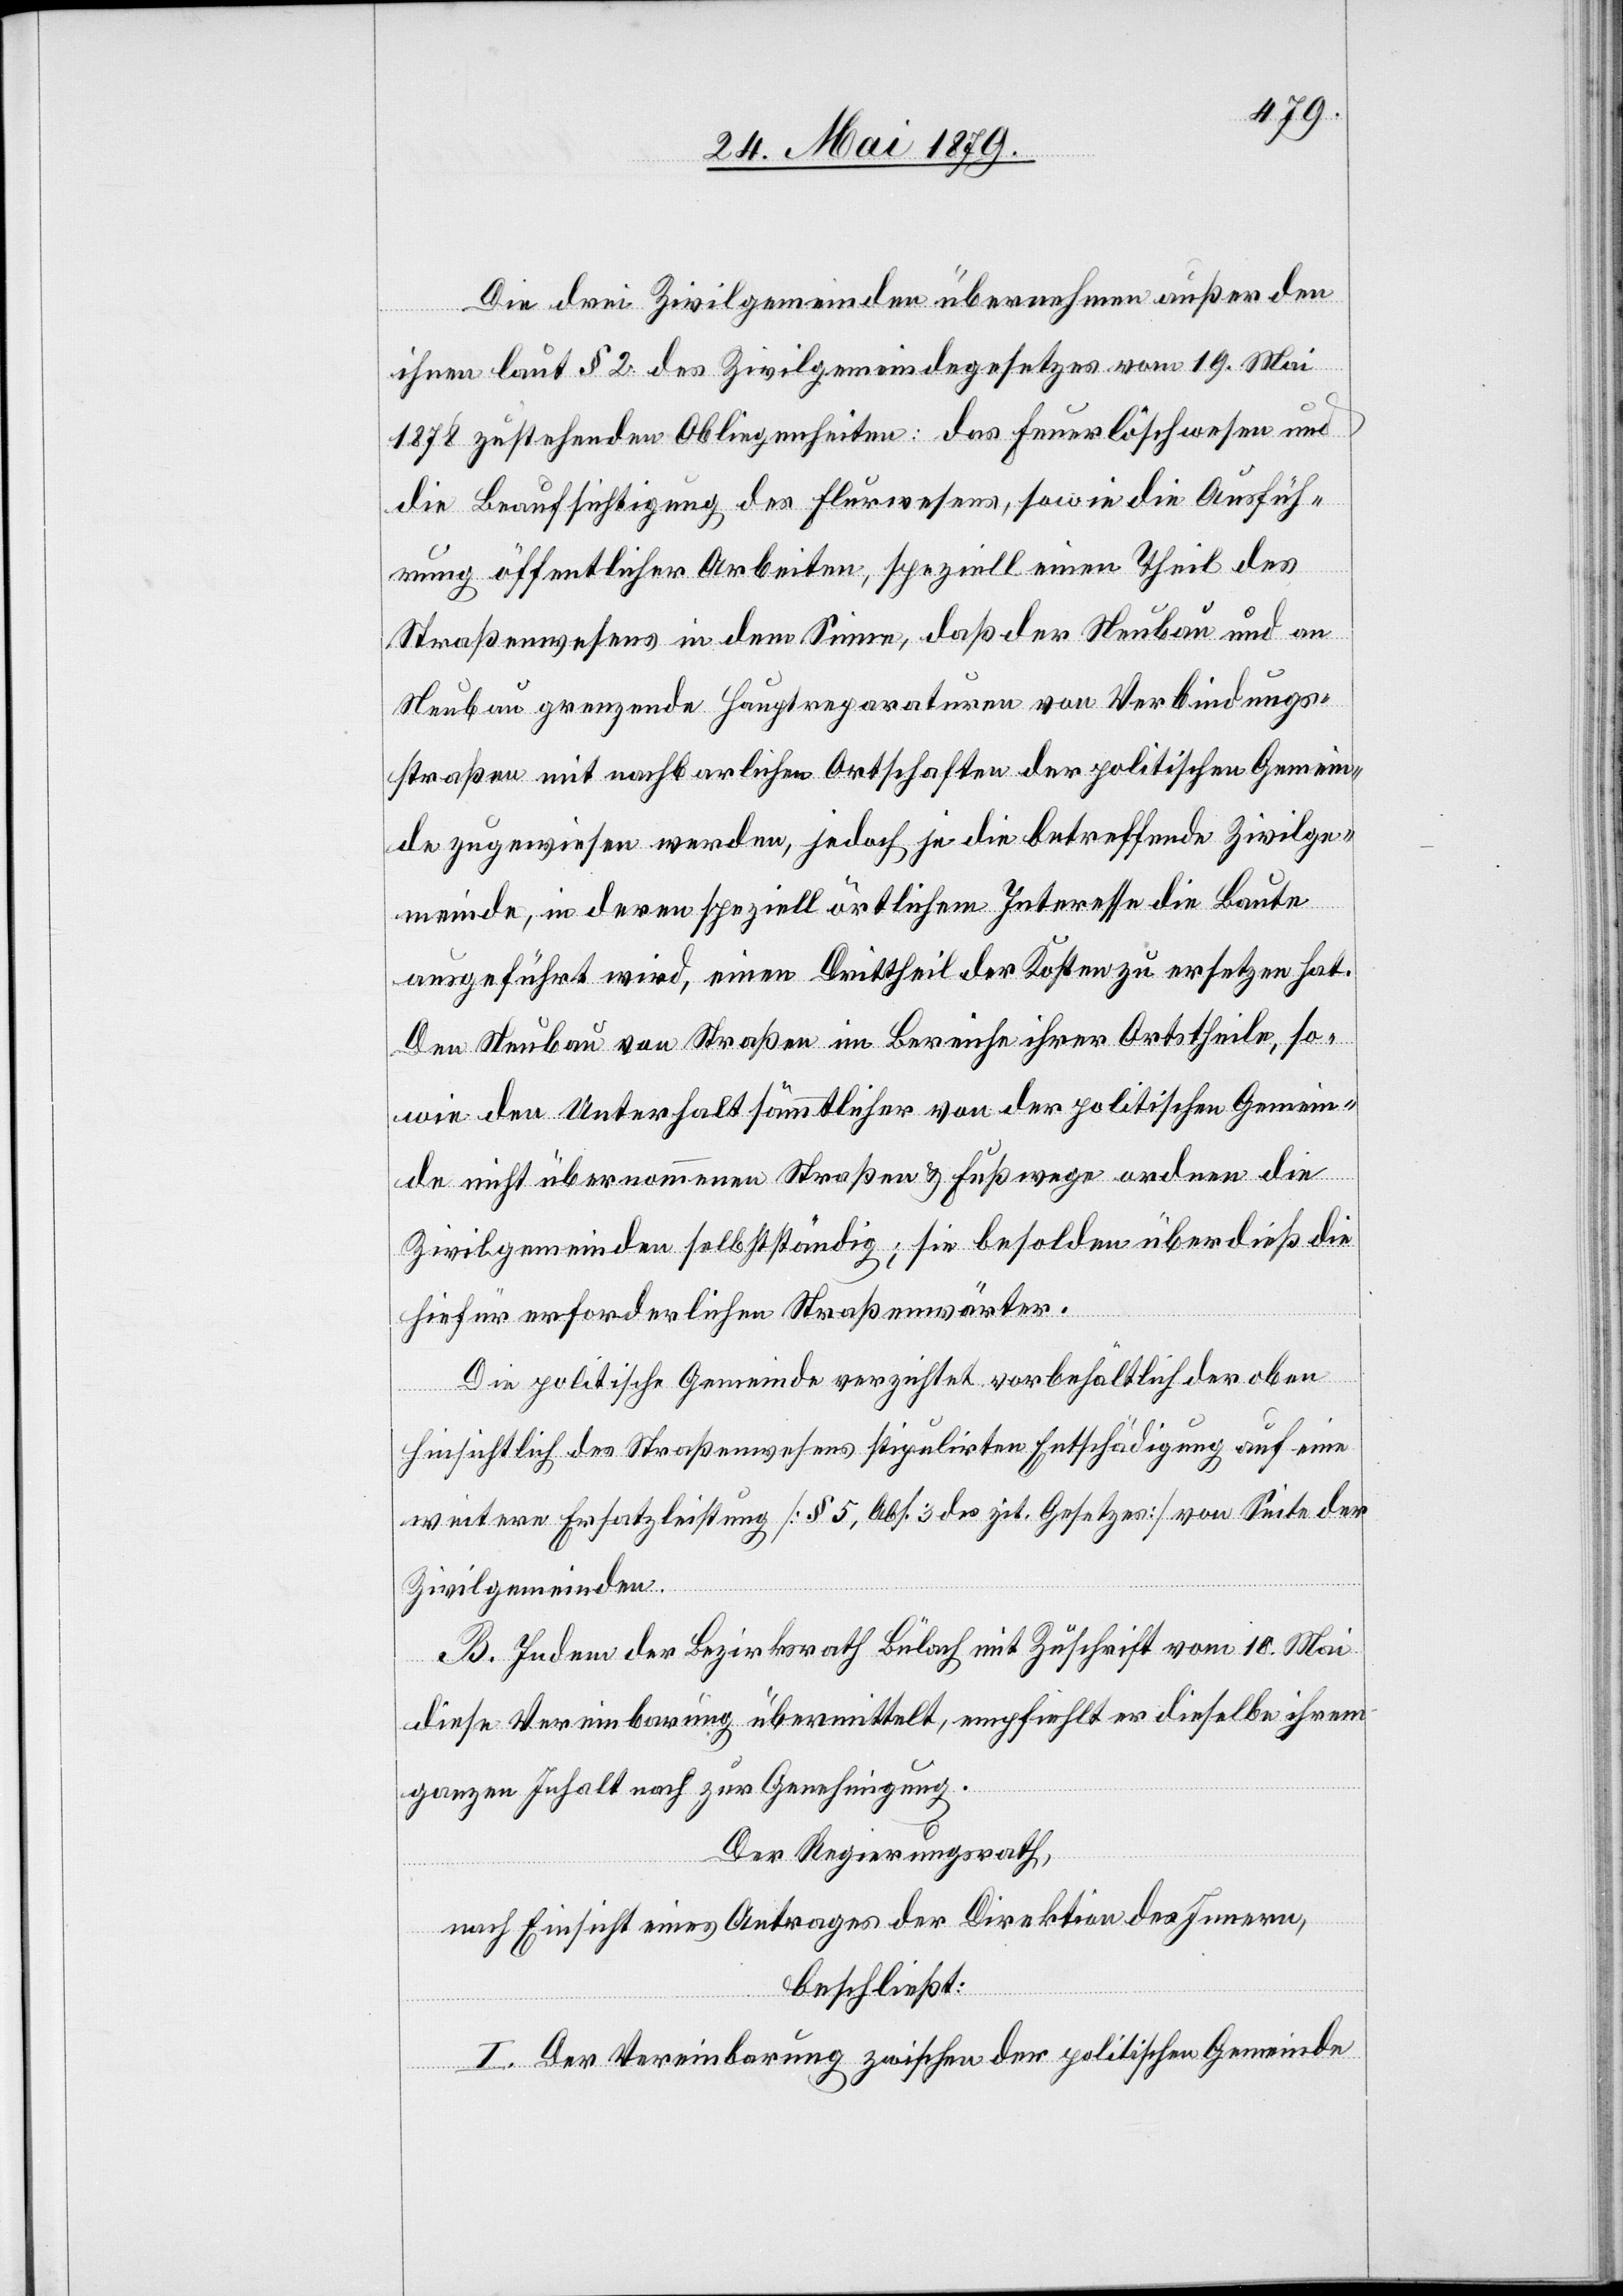
Die drei Zivilgemeinden übernehmen außer den
ihnen laut § 2 des Zivilgemeindegesetzes vom 19. Mai
1878 zustehenden Obliegenheiten: das Feuerlöschwesen und
die Beaufsichtigung des Flurwesens, sowie die Ausfüh¬
rung öffentlicher Arbeiten, speziell einen Theil des
Straßenwesens in dem Sinne, daß der Neubau und an
Neubau grenzende Hauptreparaturen von Verbindungs¬
straßen mit nachbarlichen Ortschaften der politischen Gemein¬
de zugewiesen werden, jedoch je die betreffende Zivilge¬
meinde, in deren speziell örtlichem Interesse die Baute
ausgeführt wird, einen Drittheil der Kosten zu ersetzen hat.
Den Neubau von Straßen im Bereiche ihrer Ortstheile, so¬
wie den Unterhalt sämmtlicher von der politischen Gemein¬
de nicht übernommenen Straßen & Fußwege ordnen die
Zivilgemeinden selbstständig; sie besolden überdieß die
hiefür erforderlichen Straßenwärter.
Die politische Gemeinde verzichtet vorbehältlich der oben
hinsichtlich des Straßenwesens stipulirten Entschädigung auf eine
weitere Ersatzleistung [§ 5, Abs. 3 des zit. Gesetzes] von Seite der
Zivilgemeinden.
B. Indem der Bezirksrath Bülach mit Zuschrift vom 10. Mai
diese Vereinbarung übermittelt, empfiehlt er dieselbe ihrem
ganzen Inhalt nach zur Genehmigung.
Der Regierungsrath,
nach Einsicht eines Antrages der Direktion des Innern,
beschließt:
I. Der Vereinbarung zwischen der politischen Gemeinde